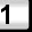
Digit: 1